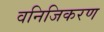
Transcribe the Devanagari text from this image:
वनिजिकरण